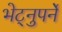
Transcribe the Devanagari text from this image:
भेट्नुपर्ने